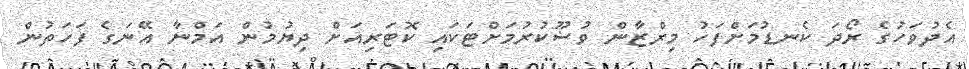
އެދުވަހުގެ ރޯދަ ކެނޑުމަށްފަހު މިރްޒާން ވުޟޫކުރުމަށްޓަކައި ކޮޓަރިއަށް ދިޔުމުން އަމްނާ އޭނަގެ ފަހަތުން